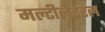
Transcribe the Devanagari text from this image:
मल्टीलेटरल